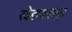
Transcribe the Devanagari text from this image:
खेडगावांतून